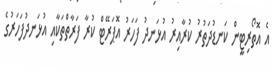
އެ އޮތޯރިޓީން ކަނޑުދަތުރު ކުރާއިރު އުޅަނދު ފަހަރު އޮޕަރޭޓް ކުރާ ފަރާތްތަކާއި އުޅަނދުފަހަރުގެ